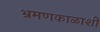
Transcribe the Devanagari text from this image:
भ्रमणकाळाशी